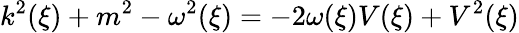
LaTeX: k^{2}(\xi)+m^{2}-\omega^{2}(\xi)=-2\omega(\xi)V(\xi)+V^{2}(\xi)